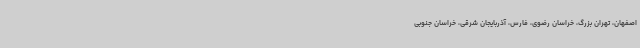
اصفهان، تهران بزرگ، خراسان رضوی، فارس، آذربایجان شرقی، خراسان جنوبی